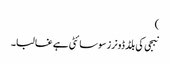
)
نبجی کی بلڈ ڈونرز سوسائٹی ہے غالبا۔